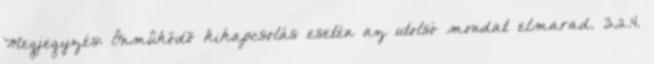
Megjegyzés: Önmûködõ kikapcsolás esetén az utolsó mondat elmarad. 3.2.4.